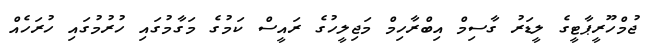
ޖުމްހޫރީޕާޓީގެ ލީޑަރު ގާސިމް އިބްރާހިމް މަޖިލީހުގެ ރައީސް ކަމުގެ މަގާމުގައި ހުރުމުގައި ހުރަހެއް